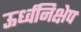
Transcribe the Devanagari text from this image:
ऊर्ध्वनिक्षेप